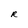
Character: R